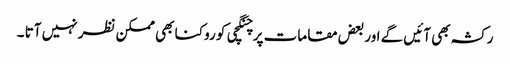
رکشہ بھی آئیں گے اور بعض مقامات پر چنگچی کو روکنا بھی ممکن نظر نہیں آتا ۔